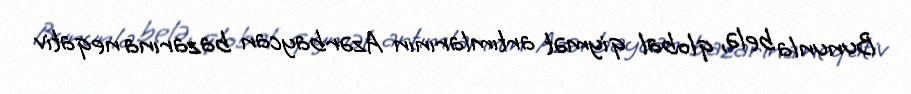
Bununla belə, qlobal qiymət artımlarının Azərbaycan bazarına neqativ